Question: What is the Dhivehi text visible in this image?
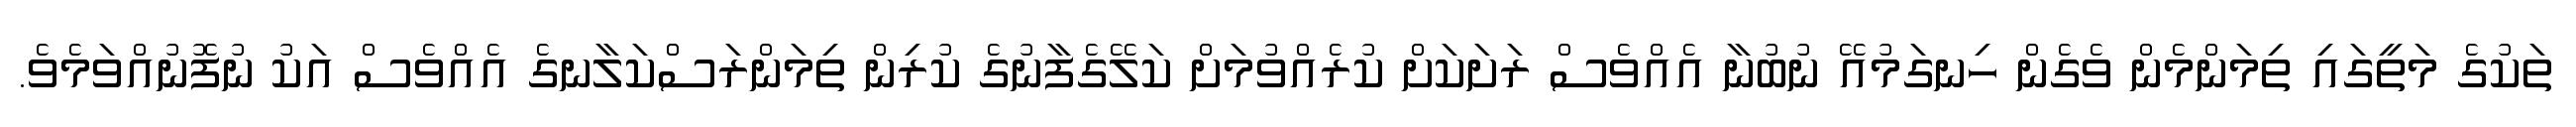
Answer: ތަކުގެ މަތީގައި ތިމަންމެން ވެގެން ހިނގަމުއޭ ނުބުނާ އެއްވެސް ރަށަކަށް ކުރެއްވުމަށް ކަލޭގެފާނުގެ ކުރިން ތިމަންރަސްކަލާނގެ އެއްވެސް އަކު ނުފޮނުއްވަމެވެ.